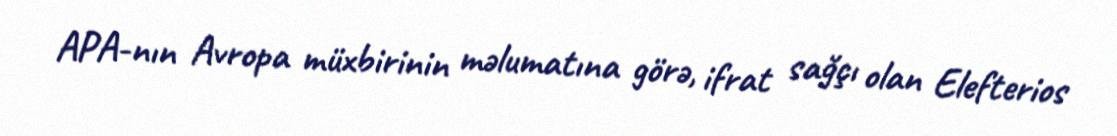
APA-nın Avropa müxbirinin məlumatına görə, ifrat sağçı olan Elefterios